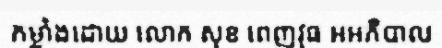
កម្លាំងដោយ លោក សុខ ពេញវុធ អអភិបាល